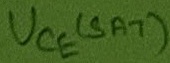
Text: UCE(SAT)